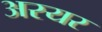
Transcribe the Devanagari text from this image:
अरयर